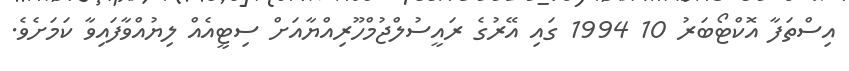
އިސްތަފާ އޮކްޓޯބަރު 10 1994 ގައި އޭރުގެ ރައީސުލްޖުމްހޫރިއްޔާއަށް ސިޓީއެއް ލިޔުއްވާފައިވާ ކަމަށެވެ.